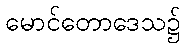
မောင်တောဒေသ၌